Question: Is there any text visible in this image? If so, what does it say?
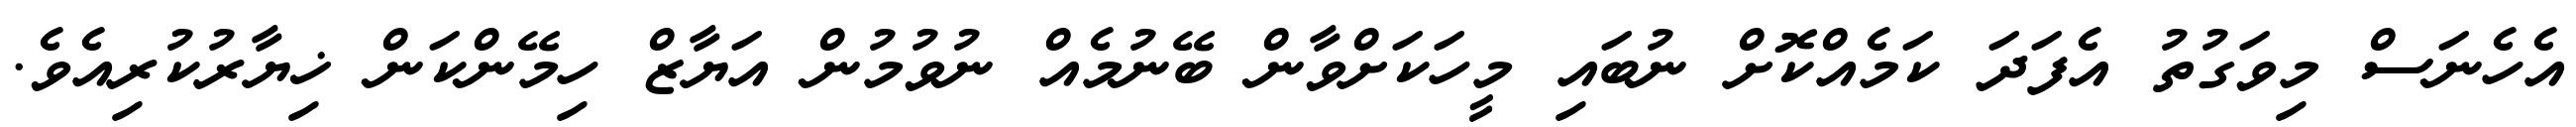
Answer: އެހެނަސް މިވަގުތު އެފަދަ ކަމެއްކޮށް ނުބައި މީހަކަށްވާން ބޭނުމެއް ނުވުމުން އަޔާޒް ހިމޭންކަން ޚިޔާރުކުރިއެވެ.